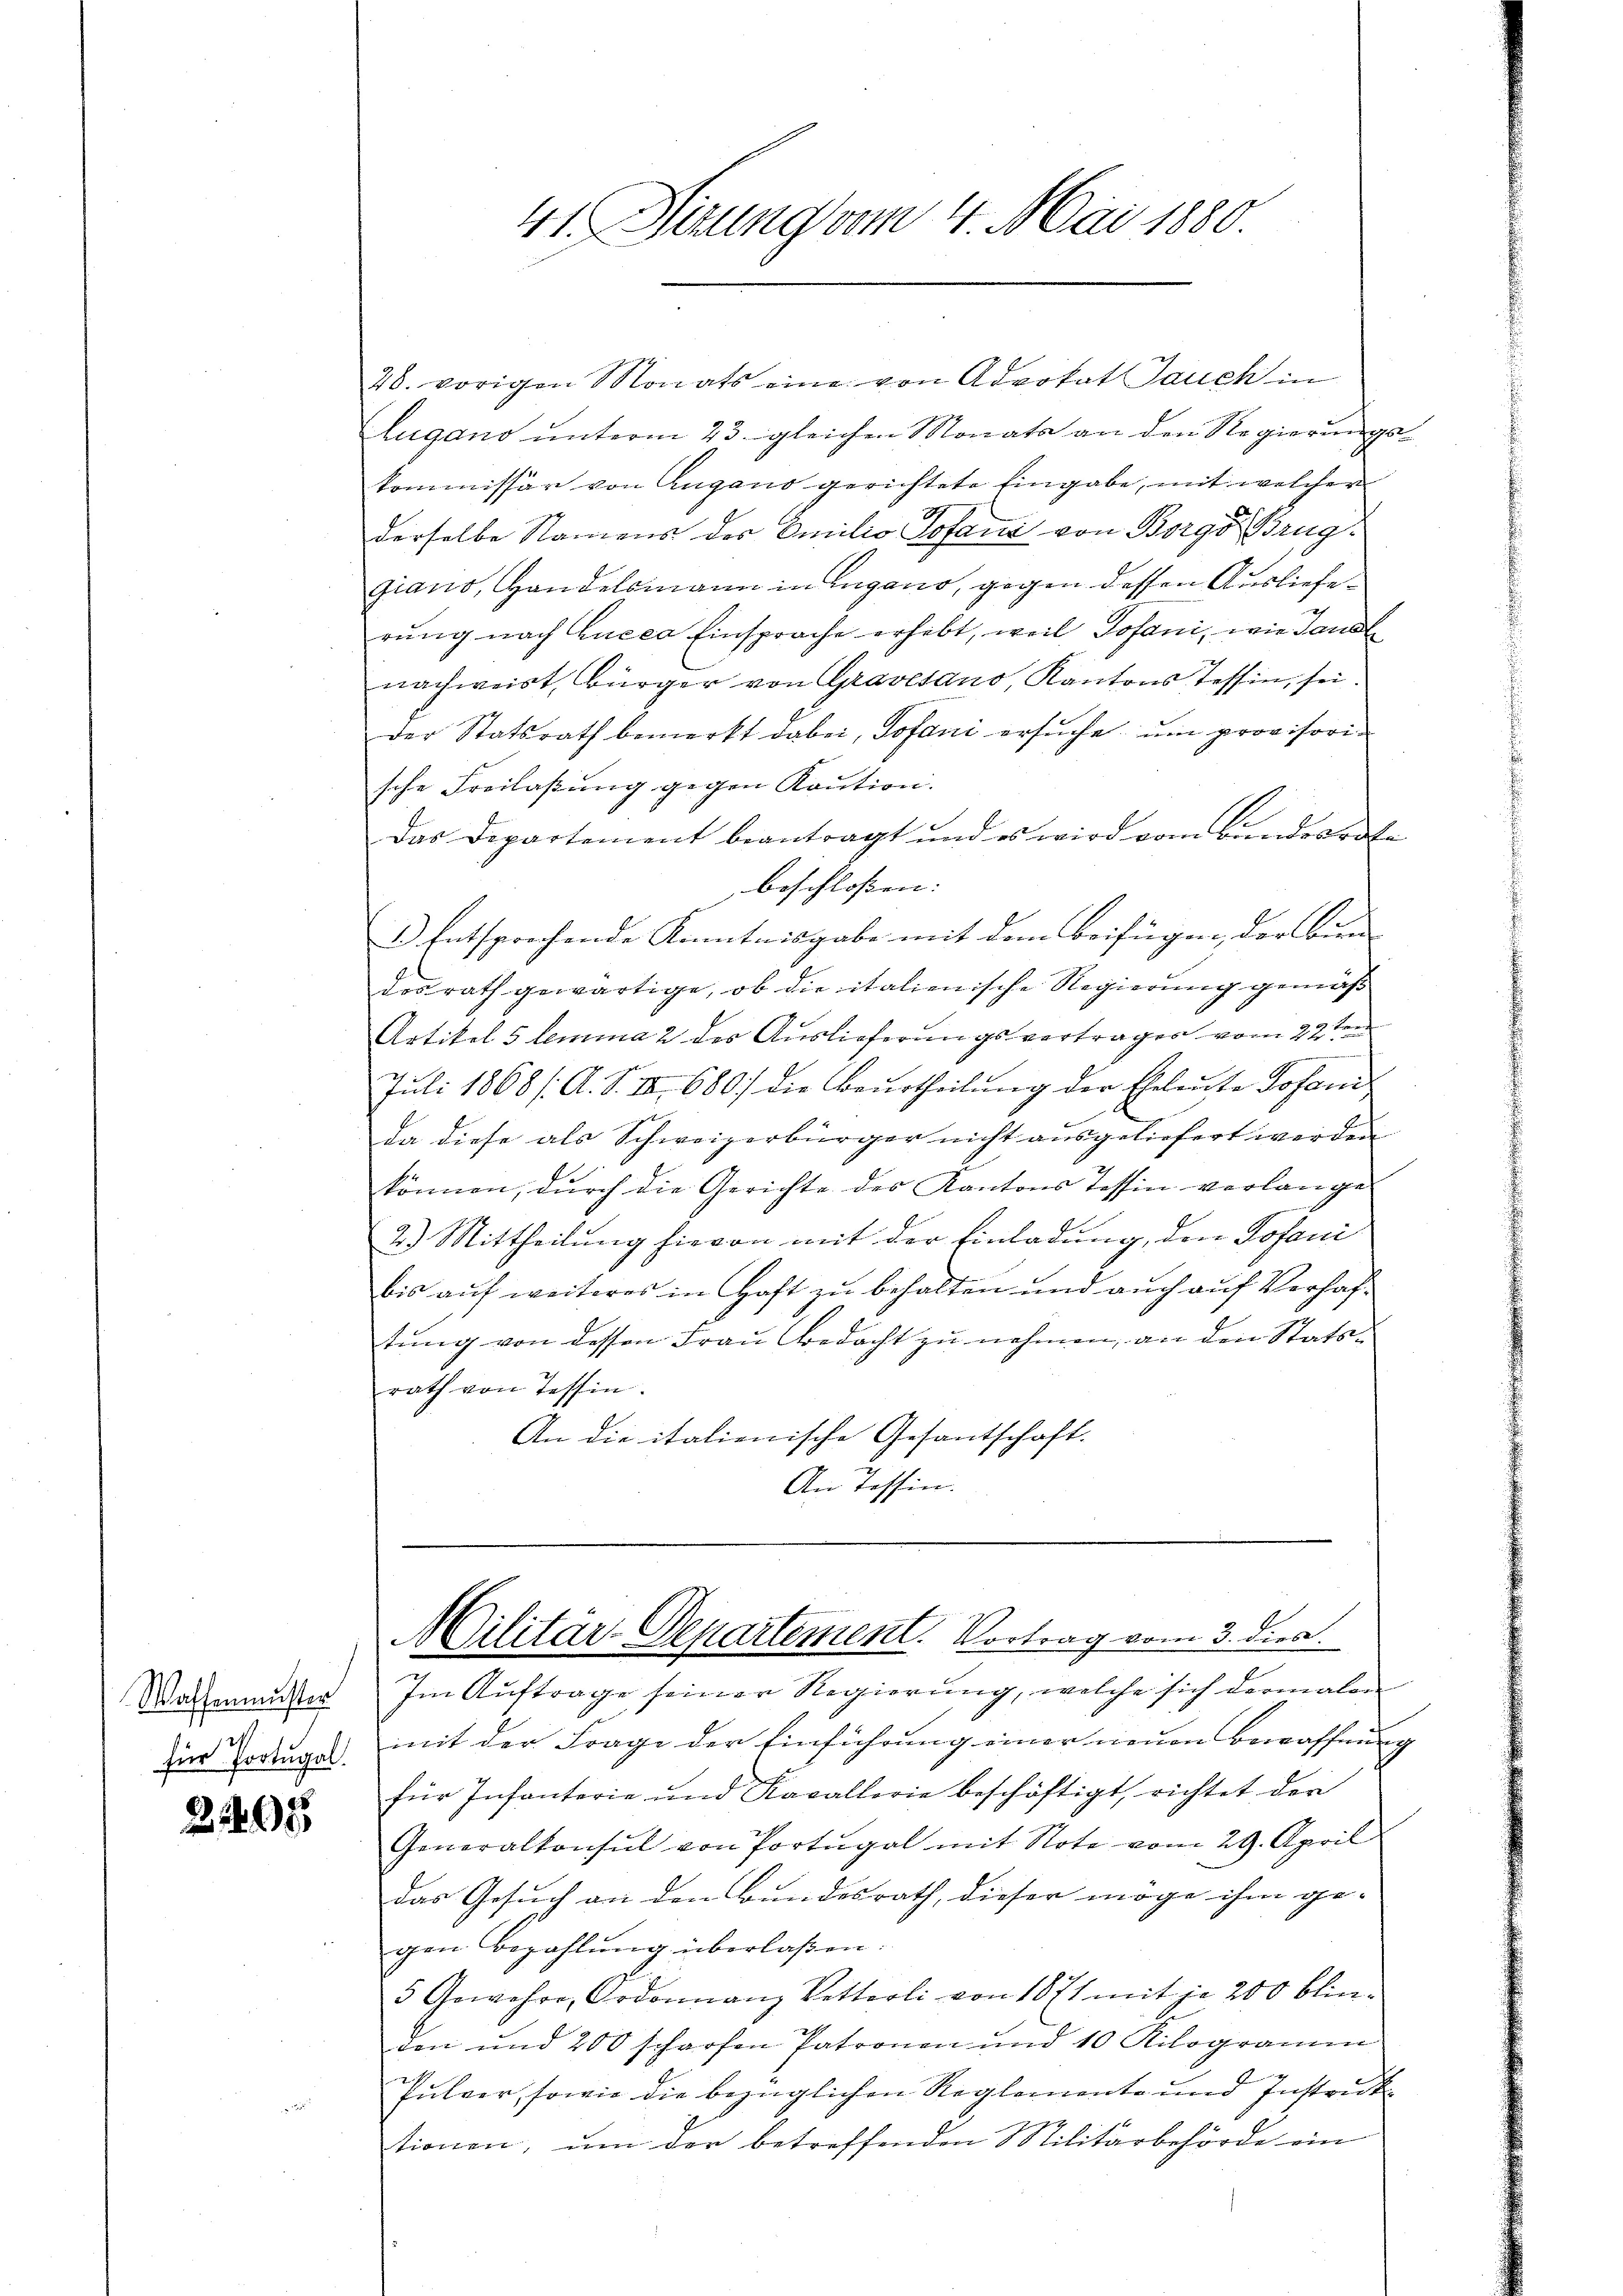
Waffenmuster
für Portugal.

242

40. vorigen Monats eine von Advokat Jauch in
Lugano unterm 23. gleichen Monata an den Regierungskommissär von Augano gerichtete Eingabe, mit welcher
derselbe Namens der Emilio Sofand von Borgs Bruggiano, Handelsmann in Lugano, gegen dessen Auslieferung nach Lucca Einsprache erhebt, weil Jofani, wie dans
nachweist, Bürger von Gravesano, Kantons Tessin, sei.
der Statsrath bemerkt dabei, Sofani ersuche, um provisorische Freilaßung gegen Kaution.
Das Departement beantragt und es wird vom Bandesrate
beschloßen:
1.) Entsprechende Kenntnisgabe mit dem Beifügen, der Bien- |
desrath gewärtige, ob die italienische Regierung gemäß
Artikel 5 lemma 2 des Auslieferungsvertrages vom 22 ten
Juli 1868 / A. S. III 680] die Beurtheilung der Eheleute Sofani
da diese als Schweizerbürger nicht ausgeliefert werden
können, durch die Gerichte des Kantons Tessin verlange
2.) Mittheilung hievon mit der Einladung, den Sofani
bis auf weiteres in Haft zu behalten und auch auf Verhaftung von dessen Frau Bedacht zu nehmen, an den Statsrath von Tessin.
An die italienische Gesantschaft.
An Tessin.

41. Sizung vom 4. Mai 1880

Militar-Departement. Vortrag vom 3. dien.

Im Auftrage seiner Regierung, welche sich dermalen
mit der Frage der Einführung einer neuen Bewaffnung
für Infanterie und Kavallorie beschäftigt, richtet der
Generalkonsul von Portugal mit Note vom 29. April
Das Gesuch an den Bundesrath, dieser möge ihm ge-
gen Bezahlung überlaßen.
5 Gewahre, Ordonnanz Vetterli von 1871 mit je 200 blinden und 200 scharfen Patronen und 10 Kilogramm
d
Pulver, sowie die bezüglichen Reglemente und Instruck
tionen, ŭm der betreffenden Militärbehörde ein